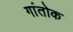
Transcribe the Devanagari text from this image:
गांतोक